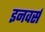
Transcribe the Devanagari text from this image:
इनवर्स